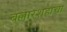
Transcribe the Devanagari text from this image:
बल्लारशहाचा